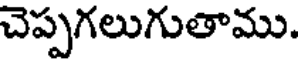
చెప్పగలుగుతాము.